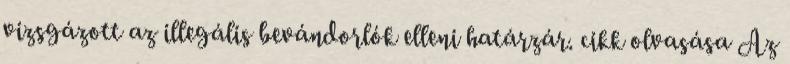
vizsgázott az illegális bevándorlók elleni határzár. cikk olvasása Az